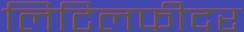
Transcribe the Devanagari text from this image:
लिटिलफीदर